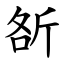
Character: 㪾